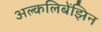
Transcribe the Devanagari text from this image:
अल्कलिबेंझिन